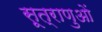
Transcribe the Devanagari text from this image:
सूत्राणुओं